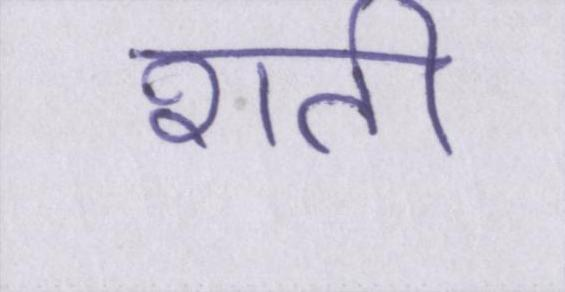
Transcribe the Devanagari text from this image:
शती